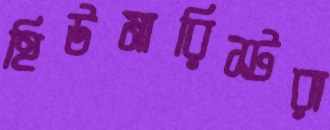
হিউমারিস্টরা